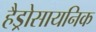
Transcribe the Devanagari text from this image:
हैड्रोसायनिक